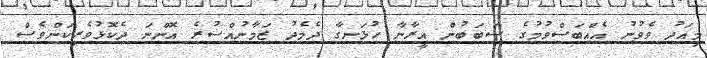
މިއަދު ވެވުނު އެއްބަސްވުމުގެ ސަބަބުން އީރާނާ ހުޅަނގާ ދެމެދު ޒަމާނުއްސުރެ އޮންނަ ދެކޮޅުވެރިކަންވެސް